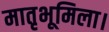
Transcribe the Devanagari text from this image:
मातृभूमिला।